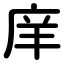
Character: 庠